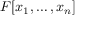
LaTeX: F [ x _ { 1 } , \dots , x _ { n } ]